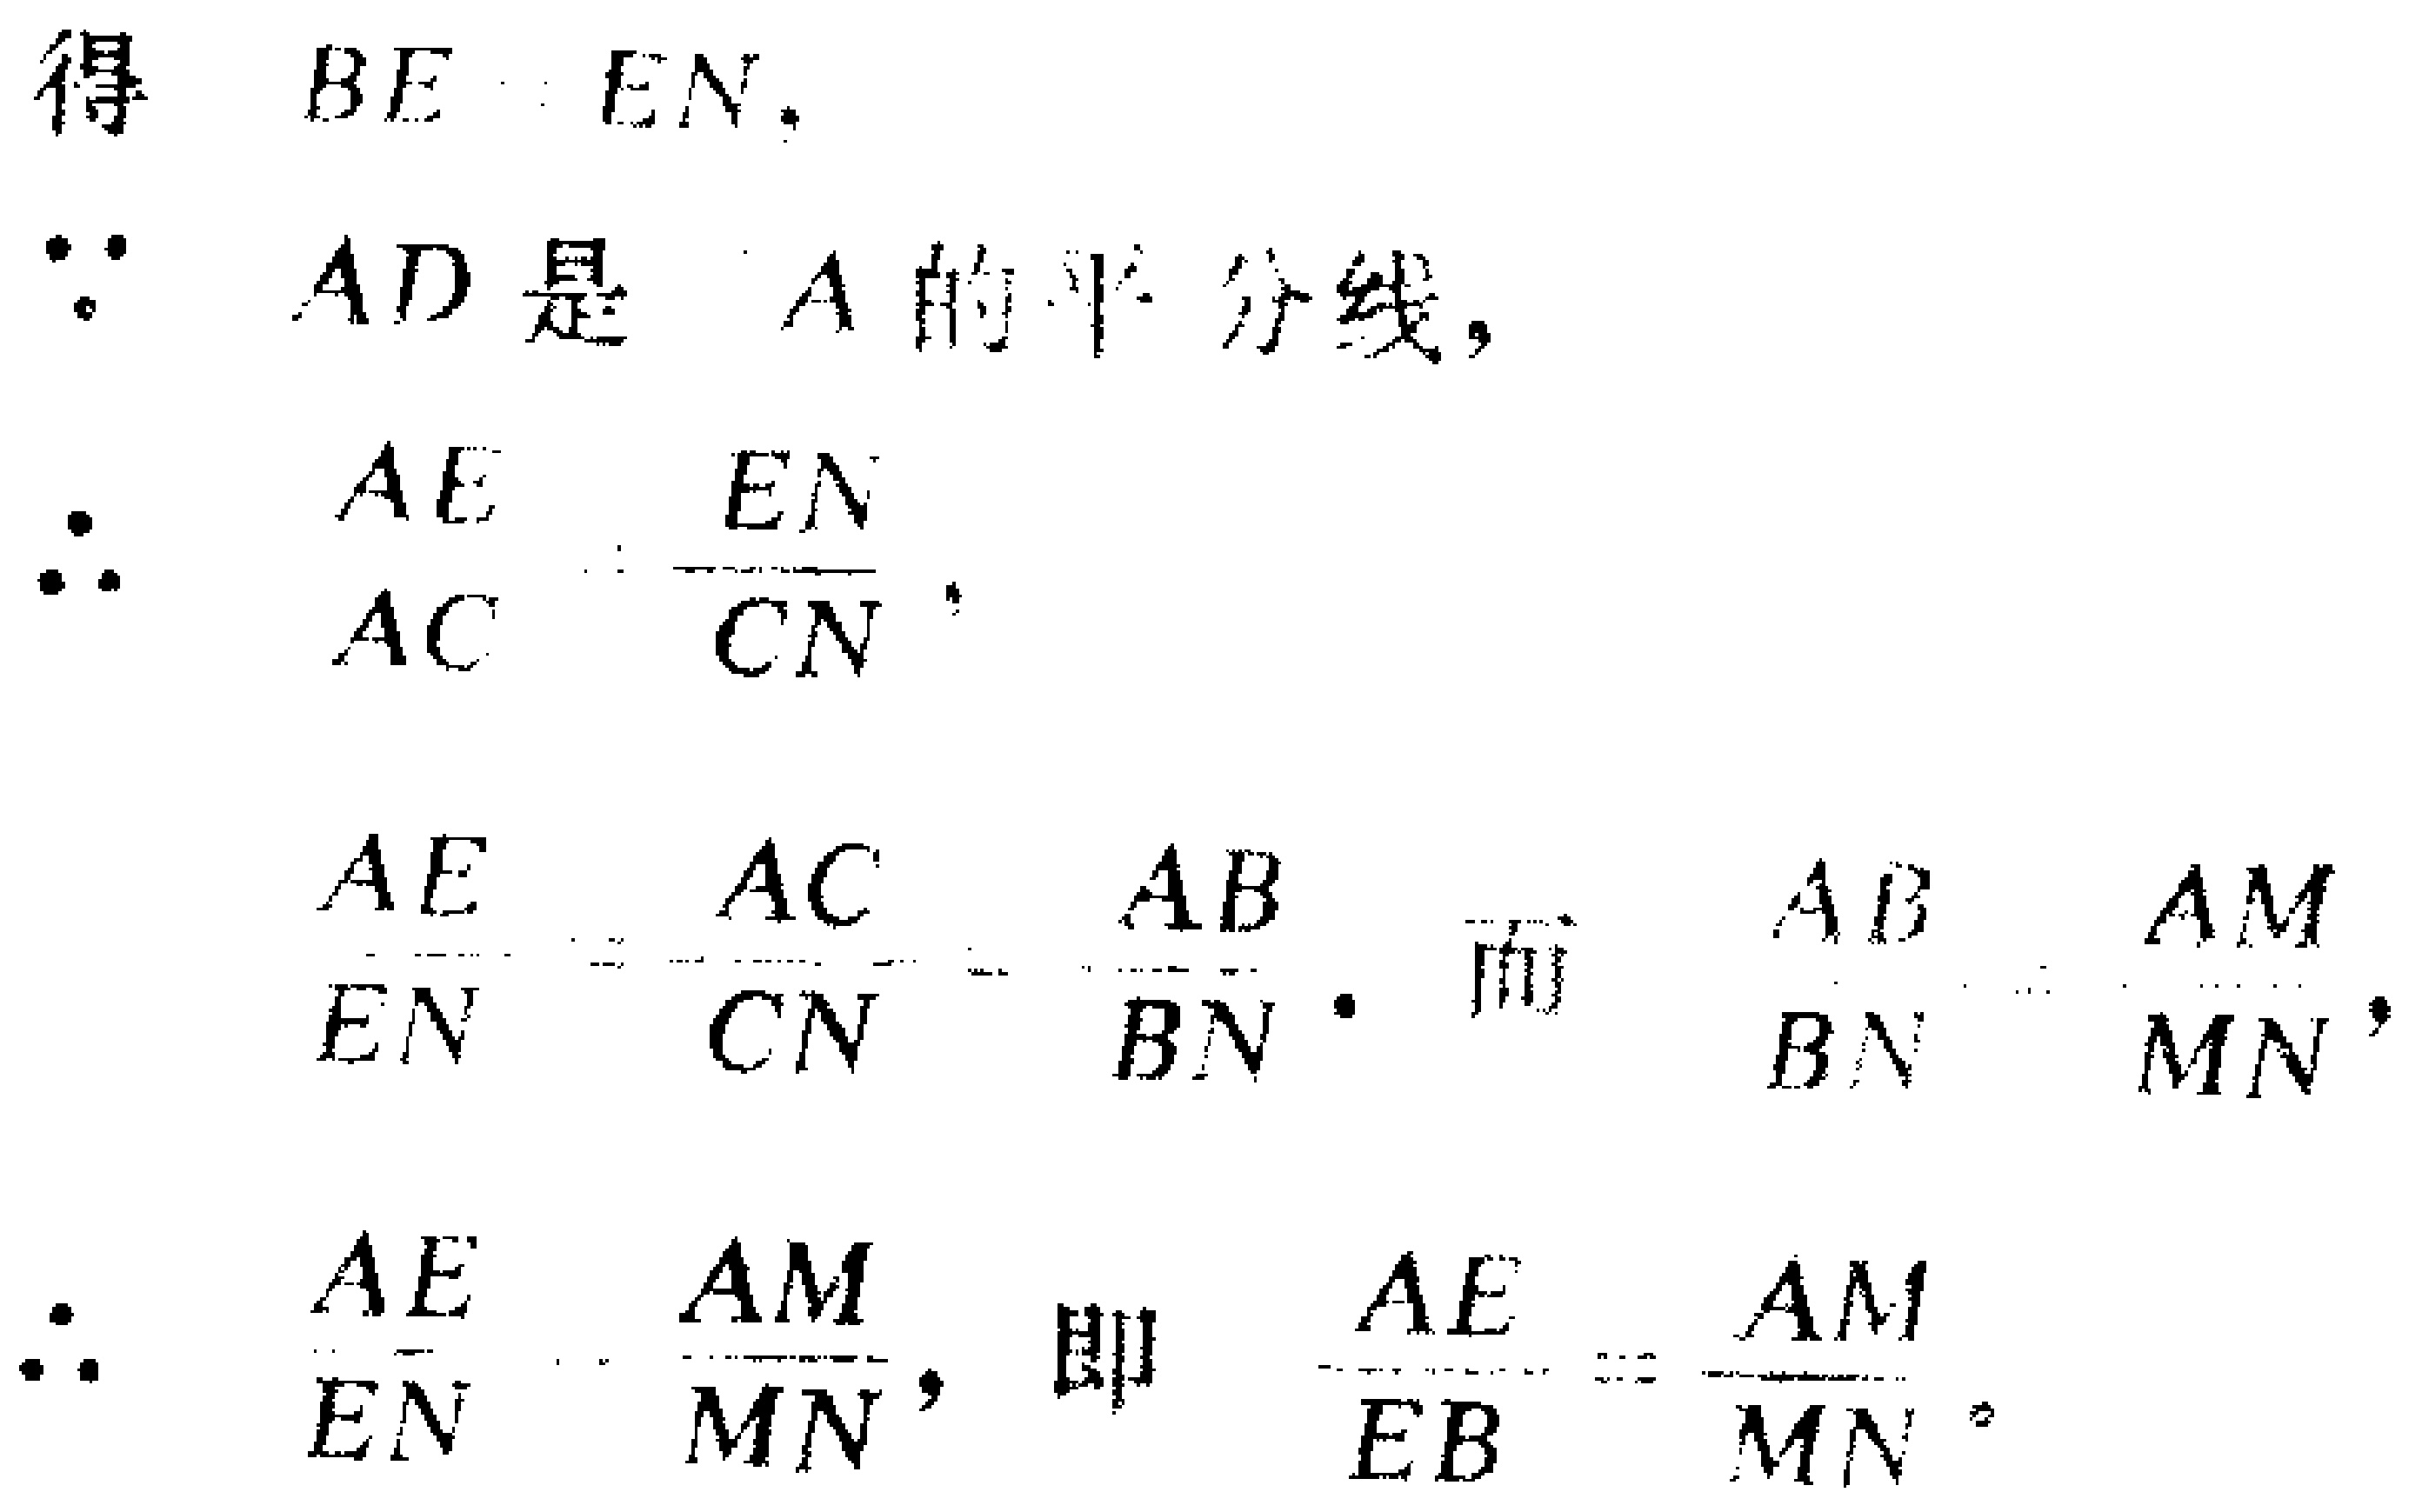
得 \(BE = EN\).

\(\because AD\) 是 \(\angle A\) 的平分线,

\(\therefore \frac{AE}{AC}=\frac{EN}{CN}\),

\(\frac{AE}{EN}=\frac{AC}{CN}=\frac{AB}{BN}\). 而 \(\frac{AB}{BN}=\frac{AM}{MN}\),

\(\therefore \frac{AE}{EN}=\frac{AM}{MN}\), 即 \(\frac{AE}{EB}=\frac{AM}{MN}\).